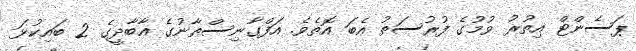
ޕަސެންޓް އިތުރު ވުމުގެ ފުރުސަތު އެބަ އޮތެވެ. އަފްގާނިސްތާނުގެ އާބާދީގެ 2 ބައިކުޅަ